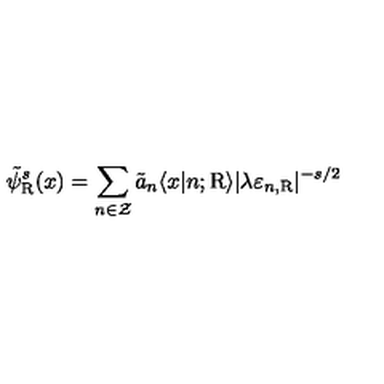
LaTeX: \tilde { \psi } _ { \mathrm { R } } ^ { s } ( x ) = \sum _ { n \in \cal Z } \tilde { a } _ { n } \langle x | n ; \mathrm { R } \rangle | \lambda \varepsilon _ { n , \mathrm { R } } | ^ { - s / 2 }